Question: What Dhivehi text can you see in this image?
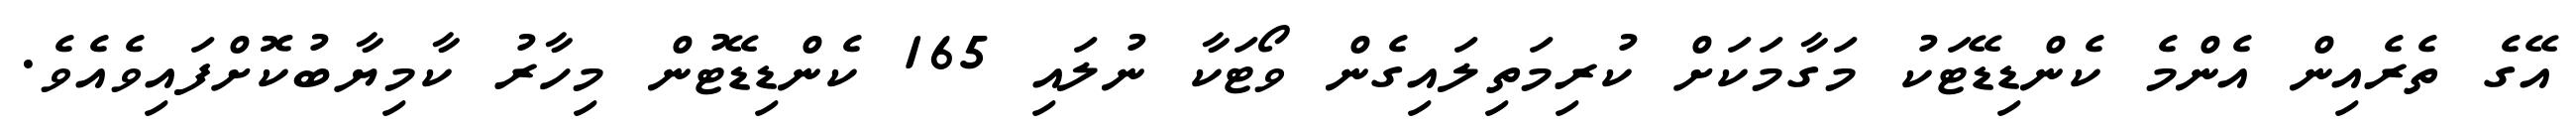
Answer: އޭގެ ތެރެއިން އެންމެ ކެންޑިޑޭޓަކު މަގާމަކަށް ކުރިމަތިލައިގެން ވޯޓަކާ ނުލައި 165 ކެންޑިޑޭޓުން މިހާރު ކާމިޔާބުކޮށްފައިވެއެވެ.